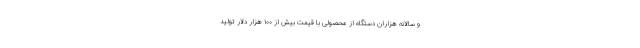
و سالانه هزاران دستگاه از محصولی با قیمت بیش از ۱۰۰ هزار دلار تولید